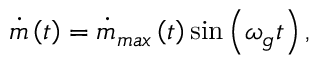
\dot { m } \left( t \right) = \dot { m } _ { m a x } \left( t \right) \sin \left( \omega _ { g } t \right) ,